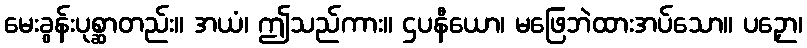
မေးခွန်းပုစ္ဆာတည်း။ အယံ၊ ဤသည်ကား။ ဌပနီယော၊ မဖြေဘဲထားအပ်သော။ ပဉှော၊